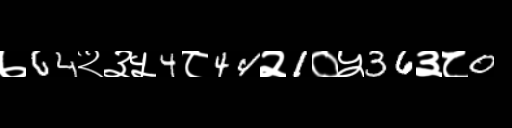
Text: ७64२३५4८44२1०५36३८0